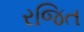
રજિત